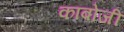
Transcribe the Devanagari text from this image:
कांबोजी